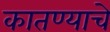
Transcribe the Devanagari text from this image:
कातण्याचे